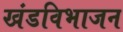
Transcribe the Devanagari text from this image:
खंडविभाजन